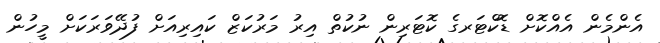
އެންމެން އެއްކޮށް ޑޮކްޓަރގެ ކޮޓަރިން ނުކުތް އިރު މަރުކަޒް ކައިރިއަށް ފުދޭވަރަކަށް މީހުން